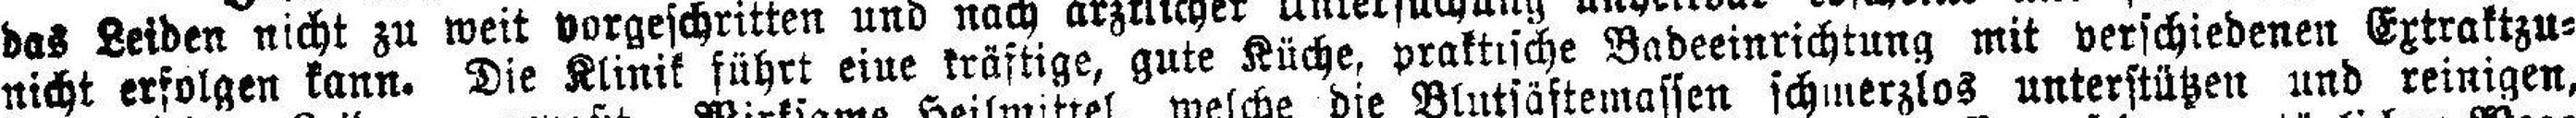
nicht erfolgen kann. Die Klinik führt eine kräftige, gute Küche, praktische Badeeinrichtung mit verschiedenen Extraktzu¬